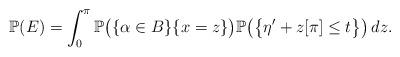
LaTeX: \begin{align*}\mathbb{P}(E)=\int_0^\pi\mathbb{P}\bigl(\lbrace\alpha\in B\rbrace \lbrace x=z\rbrace\bigr)\mathbb{P}\bigl( \bigl\lbrace\eta'+z[\pi]\leq t\bigr\rbrace\bigr)\,dz.\end{align*}